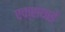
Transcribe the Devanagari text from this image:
एक्सयाई